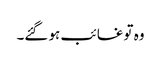
وہ تو غائب ہو گئے۔